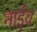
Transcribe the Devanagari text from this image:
नाईव